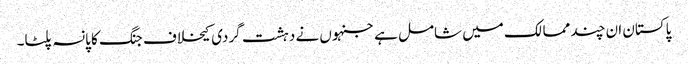
پاکستان ان چند ممالک میں شامل ہے جنہوں نے دہشت گردی کیخلاف جنگ کا پانسہ پلٹا۔